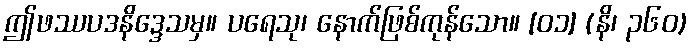
ဤဖဿပဒနိဒ္ဒေသမှ။ ပရေသု၊ နောက်ဖြစ်ကုန်သော။ [၀၁] (နိ၊ ၃၆၀)